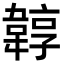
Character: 韕